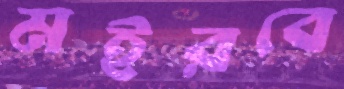
মইরবে